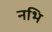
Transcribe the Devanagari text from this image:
नभि